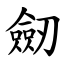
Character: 劒